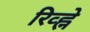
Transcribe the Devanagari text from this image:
रिव्ह्ने